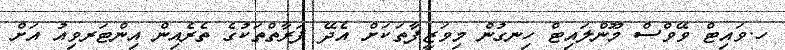
ހ.ވައިޓް ވޭވްސް މޫންލައިޓް ހިނގުން މިވަޒީފާތަކަށް އެދޭ ފަރާތްތަކުގެ ތެރެއިން އިންޓަރވިއު އަށް